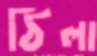
ঠিলা